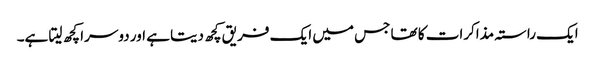
ایک راستہ مذاکرات کا تھا جس میں ایک فریق کچھ دیتا ہے اور دوسرا کچھ لیتا ہے۔